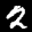
Label: 2